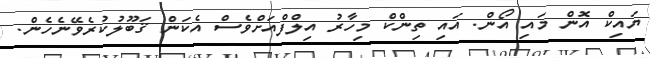
ޔައިކް އޮން މައި އޯން. އައި ތިންކް މިހާރު އިލްފްއަށްވެސް އެކަން ޤަބޫލުކުރެވޭނެހެން.